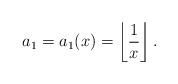
LaTeX: \begin{align*} a_1=a_1(x)= \left\lfloor \frac{1}{x} \right\rfloor.\end{align*}